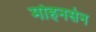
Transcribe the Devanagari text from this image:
मोहनसेन